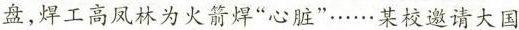
盘，焊工高凤林为火箭焊”心脏”……某校邀请大国